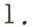
1.